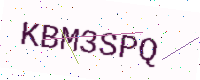
Text: KBM3SPQ